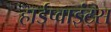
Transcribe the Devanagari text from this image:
हार्डप्वाइंट्स